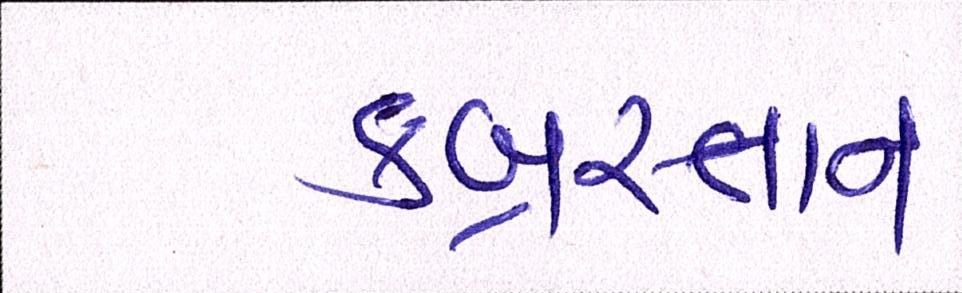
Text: કબ્રસ્તાન